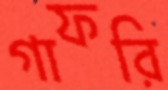
গাফরি